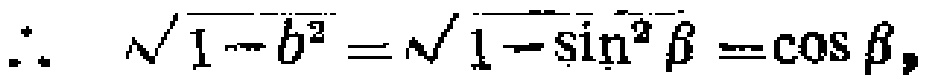
\(\therefore \sqrt{1 - b^{2}} = \sqrt{1 - \sin^{2}\beta}=\cos\beta,\)